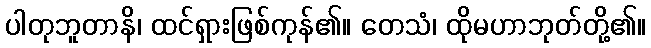
ပါတုဘူတာနိ၊ ထင်ရှားဖြစ်ကုန်၏။ တေသံ၊ ထိုမဟာဘုတ်တို့၏။